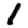
Digit: 1